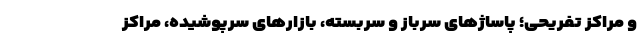
و مراکز تفریحی؛ پاساژهای سرباز و سربسته، بازارهای سرپوشیده، مراکز